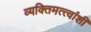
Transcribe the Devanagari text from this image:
व्यक्तिमत्त्वांशी